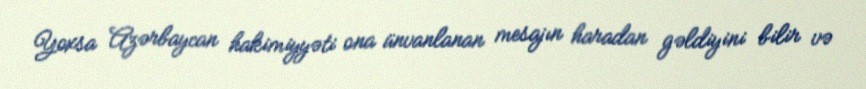
Yoxsa Azərbaycan hakimiyyəti ona ünvanlanan mesajın haradan gəldiyini bilir və